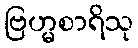
ဗြဟ္မစာရိသု